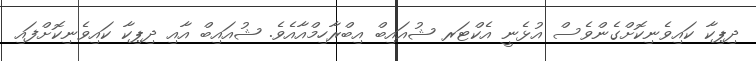
ދިޕިކާ ކައިވެނިކޮށްގެންވެސް އުޅެނީ އެކްޓަރ ޝުއައިބް އިބްރާހިމްއާއެެވެ. ޝުއައިބް އާއި ދިޕިކާ ކައިވެނިކޮށްފައި